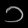
Digit: ၁